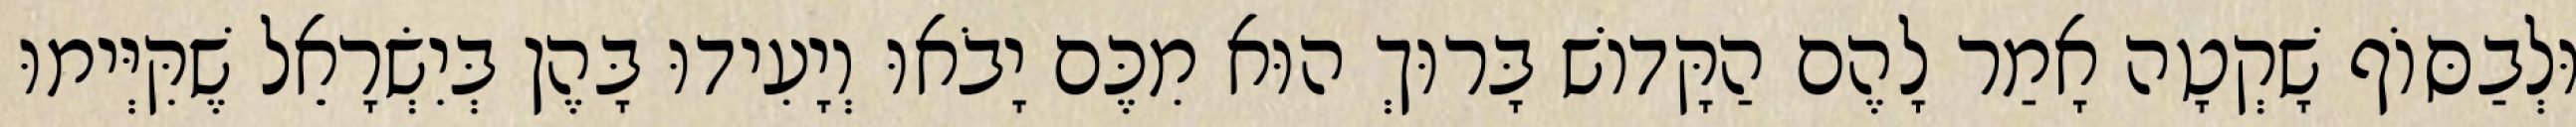
וּלְבַסּוֹף שָׁקְטָה אָמַר לָהֶם הַקָּדוֹשׁ בָּרוּךְ הוּא מִכֶּם יָבֹאוּ וְיָעִידוּ בָּהֶן בְּיִשְׂרָאֵל שֶׁקִּיְּימוּ